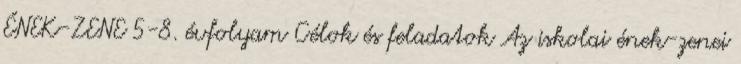
ÉNEK-ZENE 5-8. évfolyam Célok és feladatok Az iskolai ének-zenei